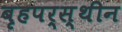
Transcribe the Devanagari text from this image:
बृहपर्स्थीन